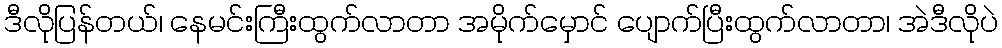
ဒီလိုပြန်တယ်၊ နေမင်းကြီးထွက်လာတာ အမိုက်မှောင် ပျောက်ပြီးထွက်လာတာ၊ အဲဒီလိုပဲ